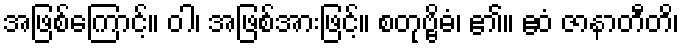
အဖြစ်ကြောင့်။ ဝါ၊ အဖြစ်အားဖြင့်။ စတုဗ္ဗိဓံ၊ ၏။ ဧဝံ ဇာနာတီတိ၊